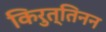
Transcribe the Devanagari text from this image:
किरुत्तिनन